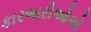
કારભારીઓએ